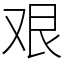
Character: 艰